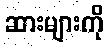
ဆားများကို